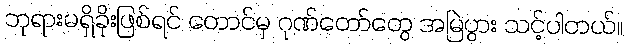
ဘုရားမရှိခိုးဖြစ်ရင် တောင်မှ ဂုဏ်တော်တွေ အမြဲပွား သင့်ပါတယ်။